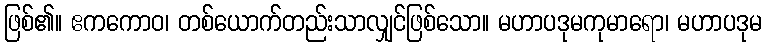
ဖြစ်၏။ ဧကကောဝ၊ တစ်ယောက်တည်းသာလျှင်ဖြစ်သော။ မဟာပဒုမကုမာရော၊ မဟာပဒုမ